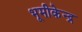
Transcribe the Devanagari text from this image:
भूमीकेन्द्र